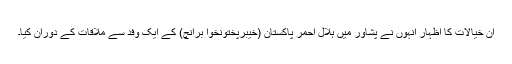
ان خیالات کا اظہار انہوں نے پشاور میں ہلال احمر پاکستان (خیبرپختونخوا برانچ) کے ایک وفد سے ملاقات کے دوران کیا۔